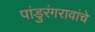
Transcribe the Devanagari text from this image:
पांडुरंगरावांचे